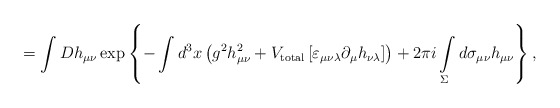
\begin{align*}=\int Dh_{\mu\nu}\exp\left\{-\int d^3x\left(g^2h_{\mu\nu}^2+V_{\rm total}\left[\varepsilon_{\mu\nu\lambda}\partial_\mu h_{\nu\lambda}\right]\right)+2\pi i\int\limits_{\Sigma}^{}d\sigma_{\mu\nu}h_{\mu\nu}\right\},\end{align*}